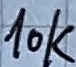
Text: 10K